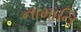
નામાનિ